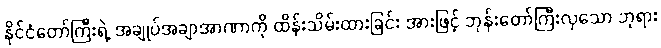
နိုင်ငံတော်ကြီးရဲ့ အချုပ်အချာအာဏာကို ထိန်းသိမ်းထားခြင်း အားဖြင့် ဘုန်းတော်ကြီးလှသော ဘုရား